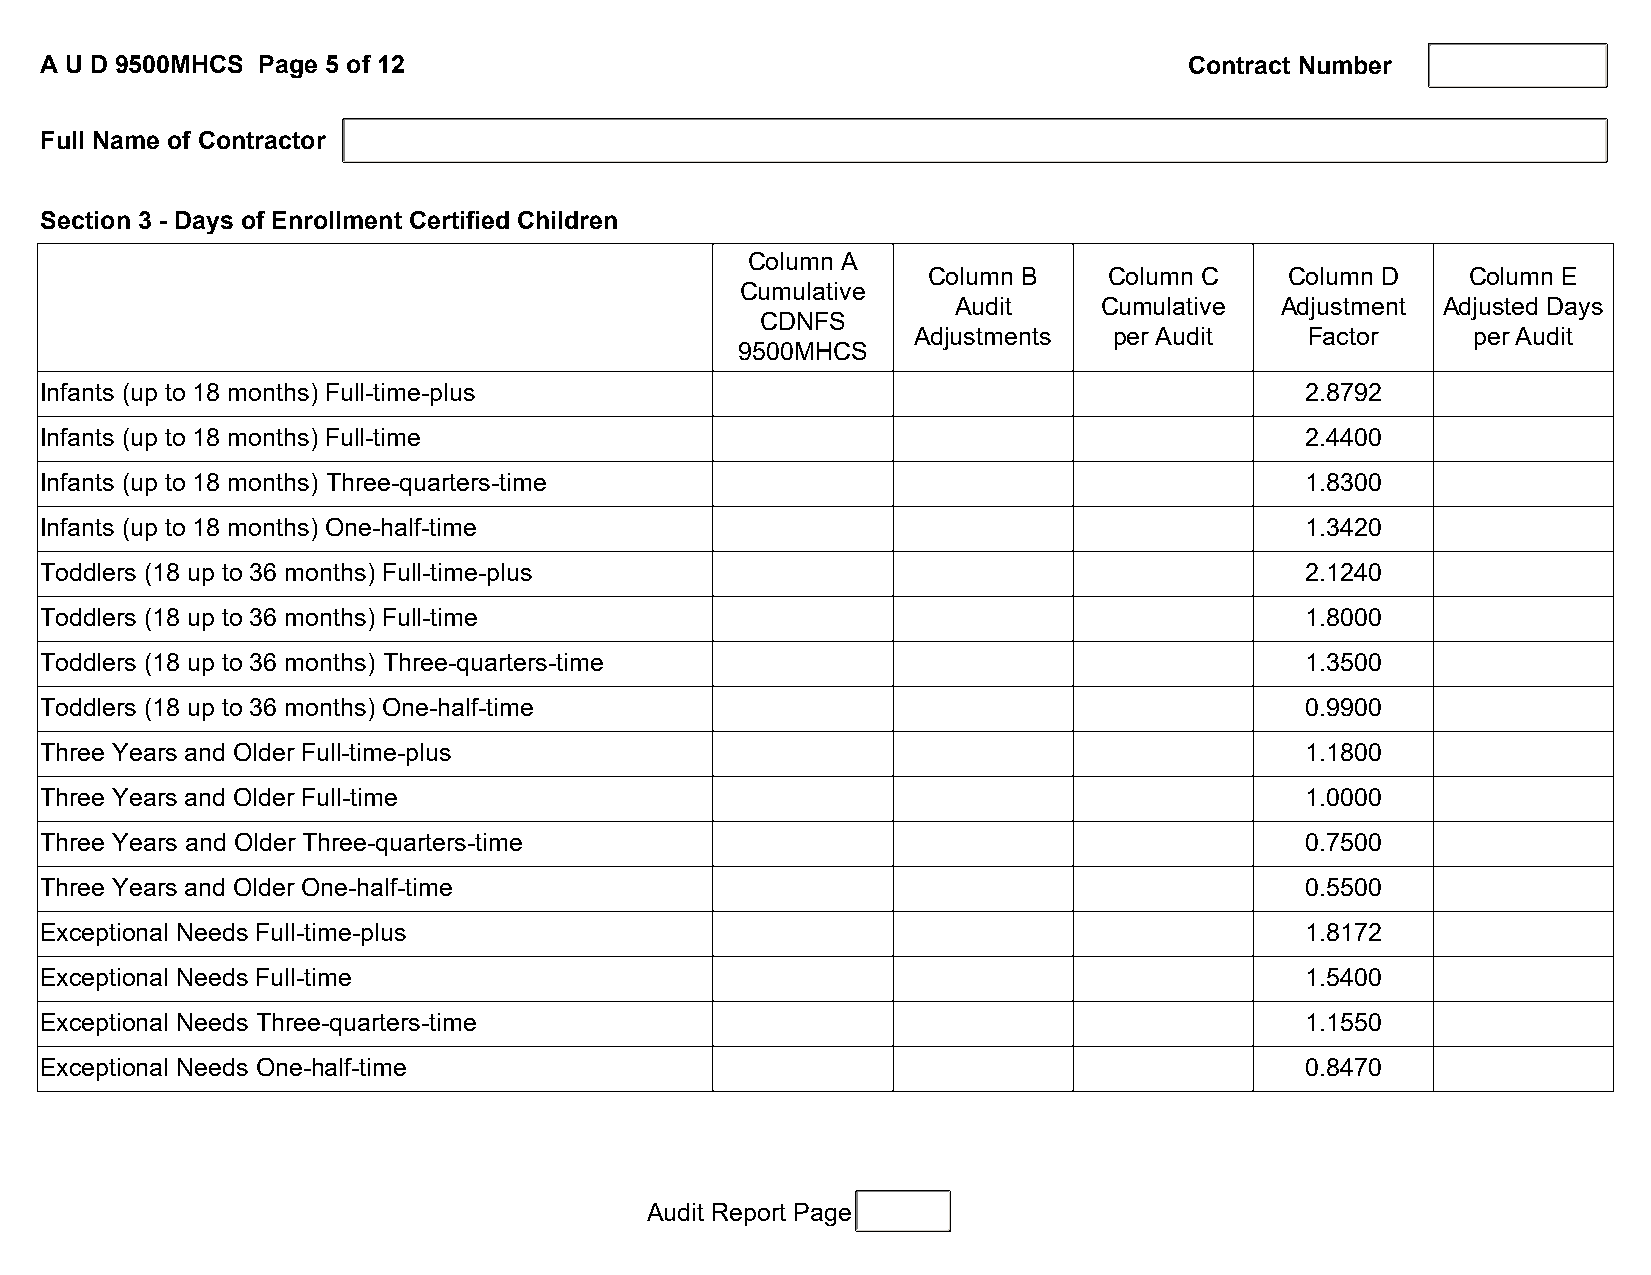
A U D 9500MHCS Page 5 of 12                                                 Contract Number
 Full Name of Contractor
 Section 3 - Days of Enrollment Certified Children
 Column A
 Column B    Column C    Column D    Column E
 Cumulative
 Audit     Cumulative  Adjustment Adjusted Days
 CDNFS
 Adjustments   per Audit    Factor    per Audit
 9500MHCS
 Infants (up to 18 months) Full-time-plus                                           2.8792
 Infants (up to 18 months) Full-time                                                2.4400
 Infants (up to 18 months) Three-quarters-time                                      1.8300
 Infants (up to 18 months) One-half-time                                            1.3420
 Toddlers (18 up to 36 months) Full-time-plus                                       2.1240
 Toddlers (18 up to 36 months) Full-time                                            1.8000
 Toddlers (18 up to 36 months) Three-quarters-time                                  1.3500
 Toddlers (18 up to 36 months) One-half-time                                        0.9900
 Three Years and Older Full-time-plus                                               1.1800
 Three Years and Older Full-time                                                    1.0000
 Three Years and Older Three-quarters-time                                          0.7500
 Three Years and Older One-half-time                                                0.5500
 Exceptional Needs Full-time-plus                                                   1.8172
 Exceptional Needs Full-time                                                        1.5400
 Exceptional Needs Three-quarters-time                                              1.1550
 Exceptional Needs One-half-time                                                    0.8470
 Audit Report Page